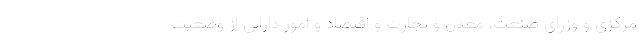
مرکزی و وزرای صنعت، معدن و تجارت و اقتصاد و امور دارایی از وضعیت